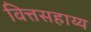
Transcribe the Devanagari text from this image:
वित्तसहाय्य